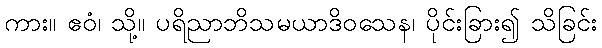
ကား။ ဧဝံ၊ သို့။ ပရိညာဘိသမယာဒိဝသေန၊ ပိုင်းခြား၍ သိခြင်း